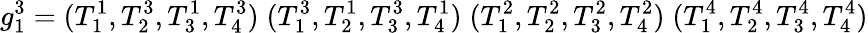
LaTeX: g_{1}^{3}=(T_{1}^{1},T_{2}^{3},T_{3}^{1},T_{4}^{3})\; (T_{1}^{3},T_{2}^{1},T_{3}^{3},T_{4}^{1})\; (T_{1}^{2},T_{2}^{2},T_{3}^{2},T_{4}^{2})\; (T_{1}^{4},T_{2}^{4},T_{3}^{4},T_{4}^{4})